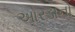
ઓરડાનો